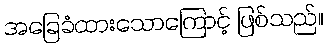
အခြေခံထားသောကြောင့် ဖြစ်သည်။